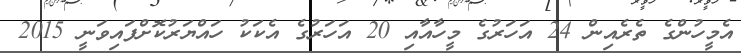
އެމީހުންގެ ތެރެއިން 24 އަހަރުގެ މީހާއާއި 20 އަހަރުގެ އެކަކު ހައްޔަރުކޮށްފައިވަނީ 2015